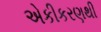
એકીકરણથી